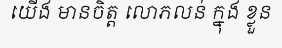
យើង មានចិត្ត លោភលន់ ក្នុង ខ្លួន